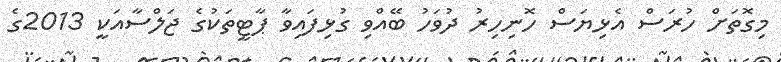
މިގޮތަށް ހުރަސް އެޅިޔަސް ހޮނިހިރު ދުވަހު ބޭއްވި ގުޅިފައިވާ ޕާޓީތަކުގެ ޖަލްސާއަކީ 2013ގެ